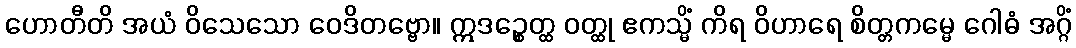
ဟောတီတိ အယံ ဝိသေသော ဝေဒိတဗ္ဗော။ ဣဒဉ္စေတ္ထ ဝတ္ထု ဧကသ္မိံ ကိရ ဝိဟာရေ စိတ္တကမ္မေ ဂေါဓံ အဂ္ဂိံ